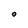
Character: O